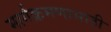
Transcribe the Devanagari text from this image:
मार्गक्रमणासाठी